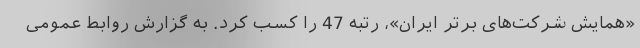
«همایش شرکت‌های برتر ایران»، رتبه 47 را کسب کرد. به گزارش روابط عمومی